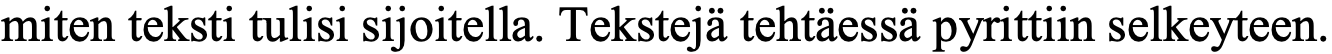
miten teksti tulisi sijoitella. Tekstejä tehtäessä pyrittiin selkeyteen.